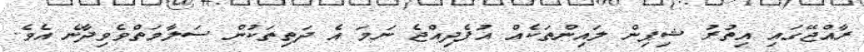
ރާއްޖޭގައި އިތުރު ޝިޕިން ލައިންތަކެއް އުފެދިއްޖެ ނަމަ އެ ދަތިތަކުން ސަލާމަތްވެވިދާނެ އެވެ.